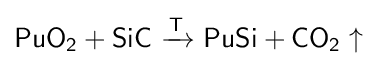
{\mathsf {PuO_{2}+SiC\ {\xrightarrow {T}}\ PuSi+CO_{2}\uparrow }}